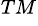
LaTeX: ^{TM}